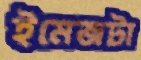
ইমেজটা